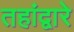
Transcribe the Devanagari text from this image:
तहांद्वारे